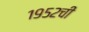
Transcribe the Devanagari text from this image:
१९५२ची